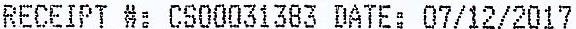
RECEIPT #: CS00031383 DATE: 07/12/2017